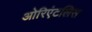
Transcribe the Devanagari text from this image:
ओरिएंटलिस